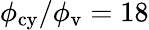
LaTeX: \phi_{\mathrm{cy}}/\phi_{\mathrm{v}}=18